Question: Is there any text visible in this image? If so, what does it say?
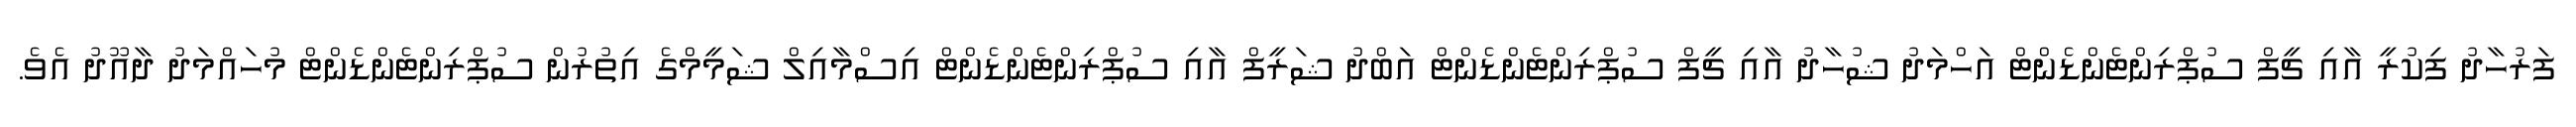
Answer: ފަރުހާދު ފިކުރީ އާއި ޗީފް ސުޕްރިންޓެންޑެންޓް އަހްމަދު ޝުހާދު އާއި ޗީފް ސުޕްރިންޓެންޑެންޓް އަބްދު ޝަރީފް އާއި ސުޕްރިންޓެންޑެންޓް އިސްމާއިލް ޝަމީމްގެ އިތުރުން ސުޕްރިންޓެންޑެންޓް މުހައްމަދު ދާއޫދު އެވެ.